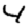
Digit: 4